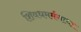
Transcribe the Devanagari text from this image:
शिवधमर्मगाथा